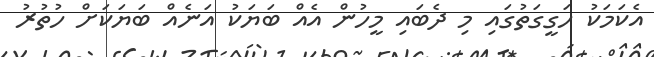
އެކަމަކު ހަގީގަތުގައި މި ދެބައި މީހުން އެއް ބަޔަކު އަނެއް ބަޔަކަށް ހުތުރު